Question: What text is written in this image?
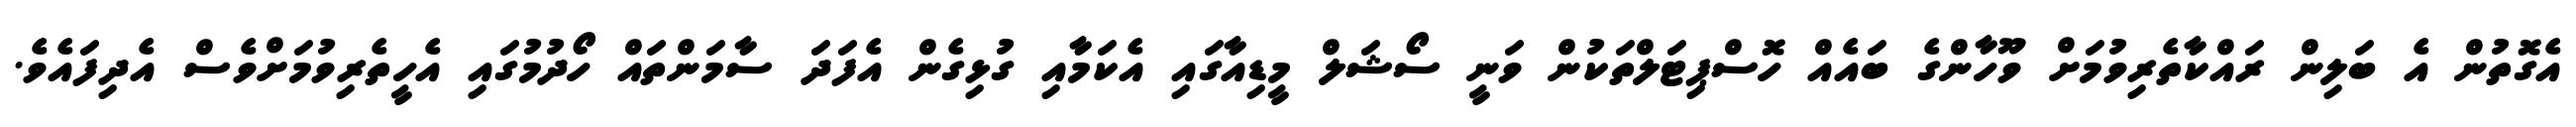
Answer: އެގޮތުން އެ ބަލިން ރައްކާތެރިވުމަށް ވޫހާންގެ ބައެއް ހޮސްޕިޓަލްތަކުން ވަނީ ސޯޝަލް މީޑިއާގައި އެކަމާއި ގުޅިގެން އެފަދަ ސާމަންތައް ހޯދުމުގައި އެހީތެރިވުމަށްވެސް އެދިފައެވެ.